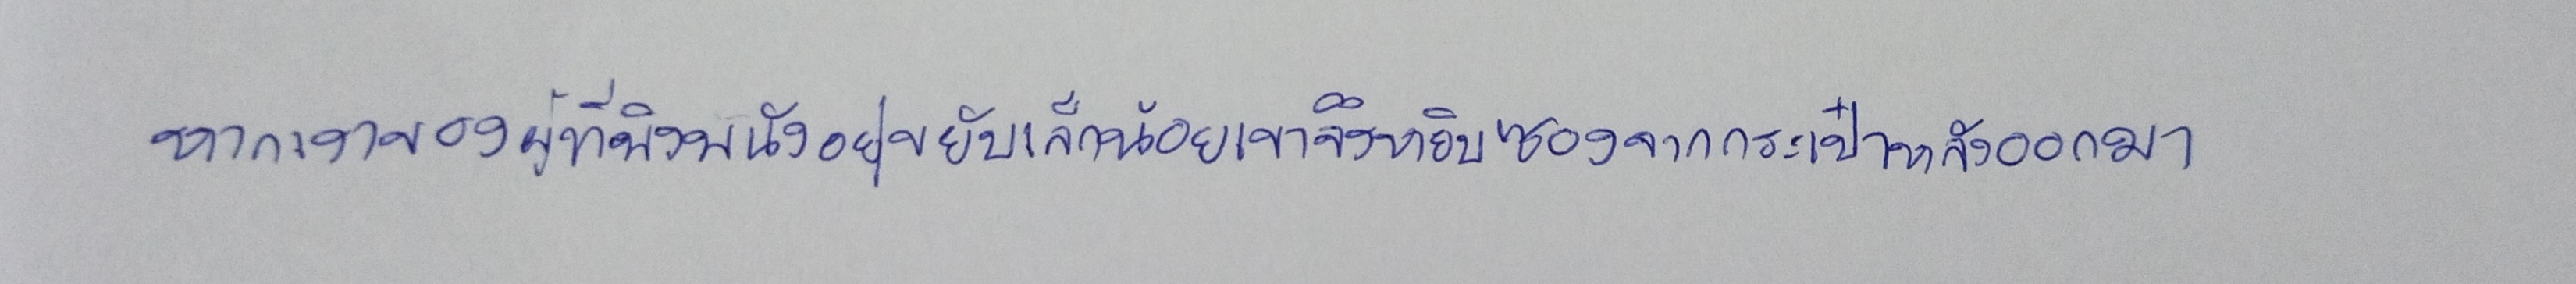
หากเงาของผู้ที่พิงพนักอยู่ขยับเล็กน้อยเขาจึงหยิบซองจากกระเป๋าหลังออกมา